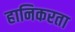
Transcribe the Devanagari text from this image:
हानिकरता